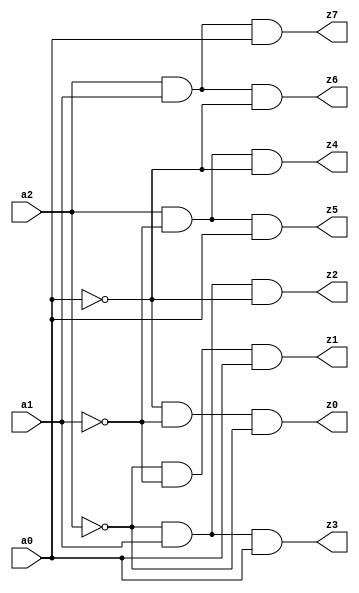
`timescale 1ns / 1ps

module lab_4_continuous(
    input a0, a1, a2,
    output z0, z1, z2, z3, z4, z5, z6, z7
    );
    
    
    assign z0 = ~a0 & ~a1 & ~a2;
    assign z1 = ~a2 & ~a1 & a0;
    assign z2 = ~a2 & a1 & ~a0;
    assign z3 = ~a2 & a1 & a0;
    assign z4 = a2 & ~a1 & ~a0;    
    assign z5 = a2 & ~a1 & a0;
    assign z6 = a2 & a1 & ~a0;
    assign z7 = a2 & a1 & a0;
    
    

endmodule